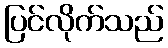
ပြင်လိုက်သည်